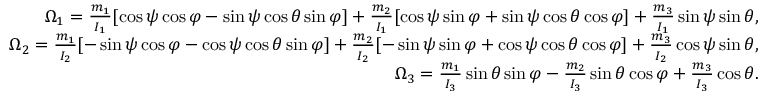
\begin{array} { r } { \Omega _ { 1 } = \frac { m _ { 1 } } { I _ { 1 } } [ \cos \psi \cos \varphi - \sin \psi \cos \theta \sin \varphi ] + \frac { m _ { 2 } } { I _ { 1 } } [ \cos \psi \sin \varphi + \sin \psi \cos \theta \cos \varphi ] + \frac { m _ { 3 } } { I _ { 1 } } \sin \psi \sin \theta , } \\ { \Omega _ { 2 } = \frac { m _ { 1 } } { I _ { 2 } } [ - \sin \psi \cos \varphi - \cos \psi \cos \theta \sin \varphi ] + \frac { m _ { 2 } } { I _ { 2 } } [ - \sin \psi \sin \varphi + \cos \psi \cos \theta \cos \varphi ] + \frac { m _ { 3 } } { I _ { 2 } } \cos \psi \sin \theta , } \\ { \Omega _ { 3 } = \frac { m _ { 1 } } { I _ { 3 } } \sin \theta \sin \varphi - \frac { m _ { 2 } } { I _ { 3 } } \sin \theta \cos \varphi + \frac { m _ { 3 } } { I _ { 3 } } \cos \theta . } \end{array}